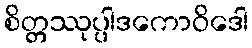
စိတ္တဿုပ္ပါဒကောဝိဒေါ